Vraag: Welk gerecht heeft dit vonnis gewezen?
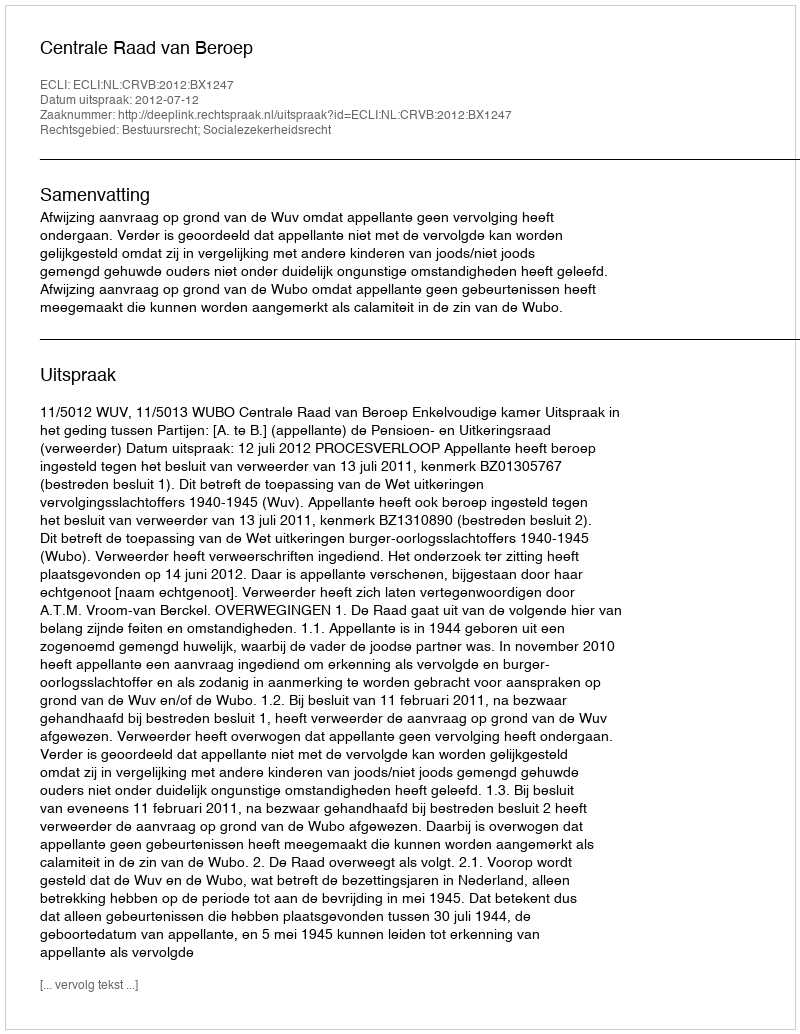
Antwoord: Centrale Raad van Beroep